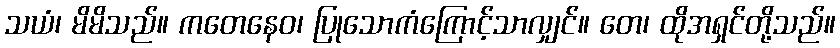
သယံ၊ မိမိသည်။ ကတေနေဝ၊ ပြုသောကံကြောင့်သာလျှင်။ တေ၊ ထိုအရှင်တို့သည်။